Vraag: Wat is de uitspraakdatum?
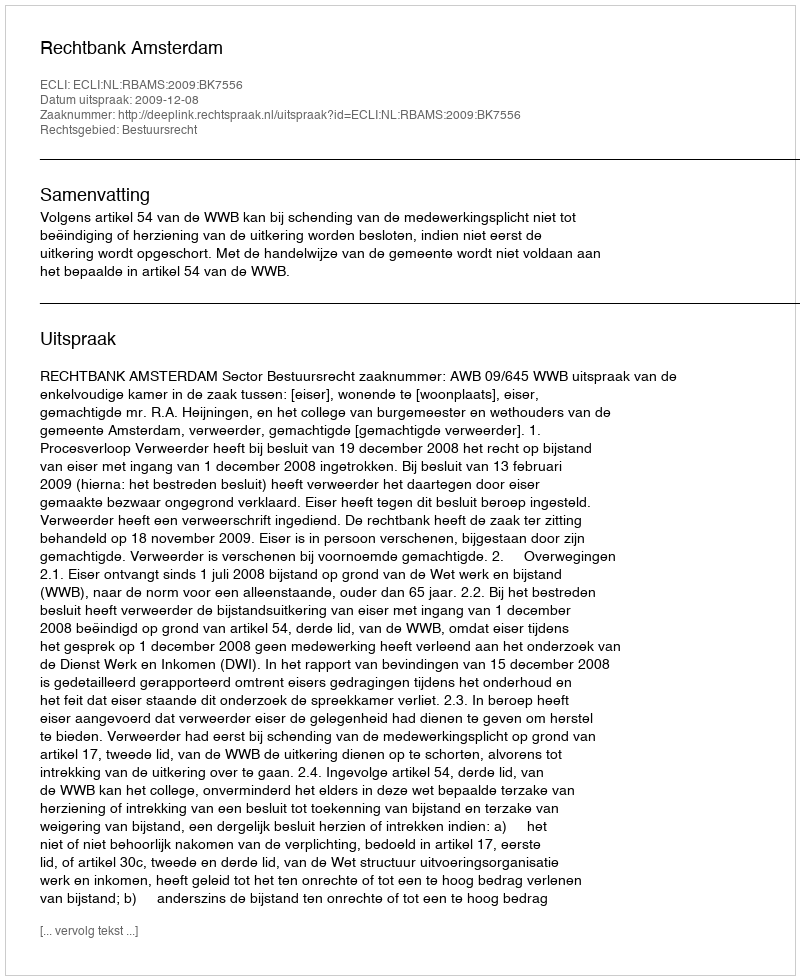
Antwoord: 2009-12-08